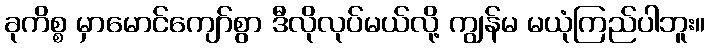
ခုကိစ္စ မှာမောင်ကျော်စွာ ဒီလိုလုပ်မယ်လို့ ကျွန်မ မယုံကြည်ပါဘူး။